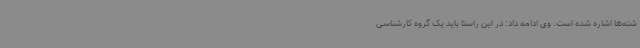
شته‌ها اشاره شده است. وی ادامه داد: در این راستا باید یک گروه کارشناسی